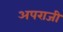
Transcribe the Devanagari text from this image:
अपराजी